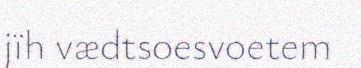
jïh vædtsoesvoetem